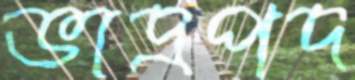
ভাদ্রপদ